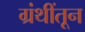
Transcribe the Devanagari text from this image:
ग्रंथींतून